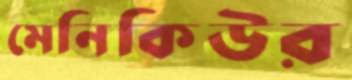
মেনিকিউর